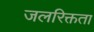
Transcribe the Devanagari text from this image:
जलरिक्तता